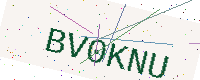
Text: BV0KNU